Annual report of the Imperial Bacteriologist
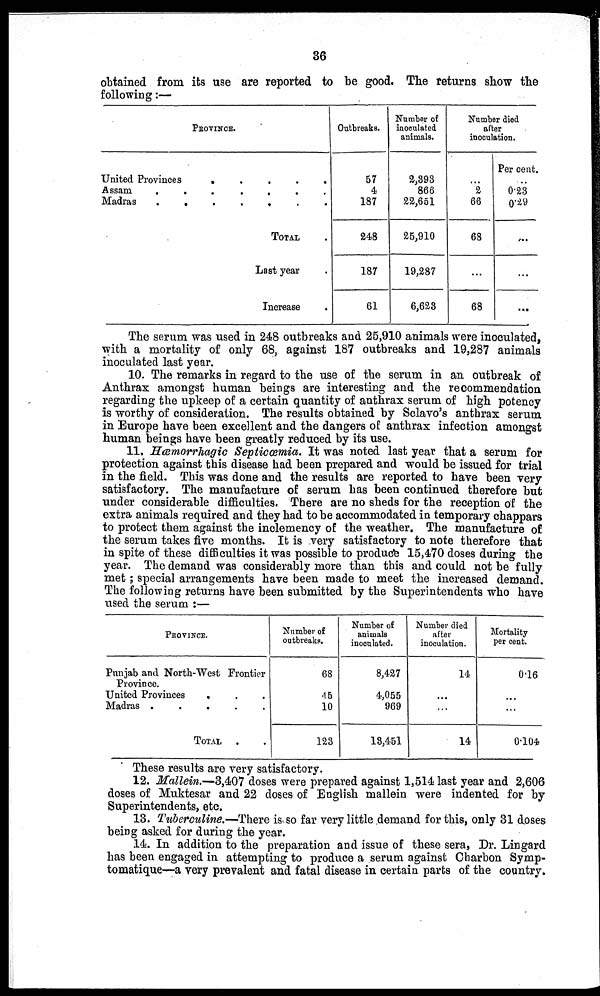
36
obtained from its use are reported to be good. The returns show the
following:—
PROVINCE.
United Provinces
Assam
Madras
.
.
.
.
.
.
.
.
.
.
.
.
.
.
.
.
.
.
.
TOTAL .
Last year .
Increase .
Outbreaks.
57
4
187
248
187
61
Number of
inoculated
animals.
2,393
866
22,651
25,910
19,287
6,623
Number died
after
inoculation.
...
2
66
68
...
68
Per cent.
...
0.23
0.29
...
...
...
The serum was used in 248 outbreaks and 25,910 animals were inoculated,
with a mortality of only 68, against 187 outbreaks and 19,287 animals
inoculated last year.
10. The remarks in regard to the use of the serum in an outbreak of
Anthrax amongst human beings are interesting and the recommendation
regarding the upkeep of a certain quantity of anthrax serum of high potency
is worthy of consideration. The results obtained by Sclavo's anthrax serum
in Europe have been excellent and the dangers of anthrax infection amongst
human beings have been greatly reduced by its use.
11. Hæmorrhagic Septicæmia. It was noted last year that a serum for
protection against this disease had been prepared and would be issued for trial
in the field. This was done and the results are reported to have been very
satisfactory. The manufacture of serum has been continued therefore but
under considerable difficulties. There are no sheds for the reception of the
extra animals required and they had to be accommodated in temporary chappars
to protect them against the inclemency of the weather. The manufacture of
the serum takes five months. It is very satisfactory to note therefore that
in spite of these difficulties it was possible to produce 15,470 doses during the
year. The demand was considerably more than this and could not be fully-
met ; special arrangements have been made to meet the increased demand.
The following returns have been submitted by the Superintendents who have
used the serum :—
PROVINCE.
Punjab and North-West Frontier
Province.
United Provinces
Madras .
.
.
.
TOTAL
.
.
.
.
.
.
Number of
outbreaks.
68
45
10
123
Number of
animals
inoculated.
8,427
4,055
969
13,451
Number died
after
inoculation.
14
...
...
14
Mortality
per cent.
0.16
...
...
0.104
These results are very satisfactory.
12. Mallein.—3,407 doses were prepared against 1,514 last year and 2,606
doses of Muktesar and 22 doses of English mallein were indented for by
Superintendents, etc.
13. Tuberculine.—There is so far very little demand for this, only 31 doses
being asked for during the year.
14. In addition to the preparation and issue of these sera, Dr. Lingard
has been engaged in attempting to produce a serum against Charbon Symp-
tomatique—a very prevalent and fatal disease in certain parts of the country.